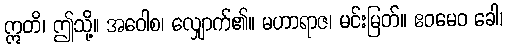
ဣတိ၊ ဤသို့။ အဝေါစ၊ လျှောက်၏။ မဟာရာဇ၊ မင်းမြတ်။ ဧဝမေဝ ခေါ၊